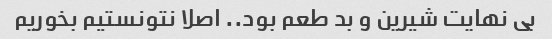
بی نهایت شیرین و بد طعم بود.. اصلا نتونستیم بخوریم